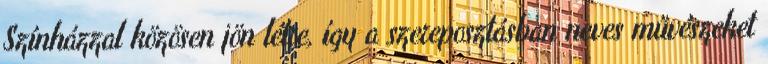
Színházzal közösen jön létre, így a szereposztásban neves művészeket